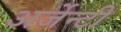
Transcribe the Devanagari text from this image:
अर्जेन्टी